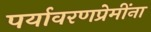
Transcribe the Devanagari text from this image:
पर्यावरणप्रेमींना